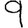
Digit: 9